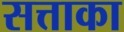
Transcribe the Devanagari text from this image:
सत्ताका